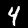
Label: 4